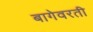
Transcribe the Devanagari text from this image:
बागेवरती